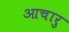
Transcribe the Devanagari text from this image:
आचारु